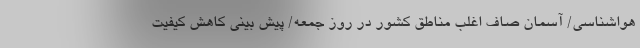
هواشناسی/ آسمان صاف اغلب مناطق کشور در روز جمعه/ پیش بینی کاهش کیفیت